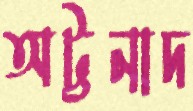
অট্টনাদ